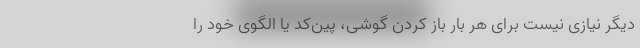
دیگر نیازی نیست برای هر بار باز کردن گوشی، پین‌کد یا الگوی خود را